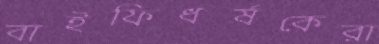
বাইফিধর্ষকেরা